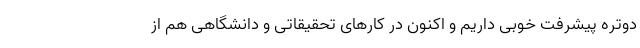
دوتره پیشرفت خوبی داریم و اکنون در کارهای تحقیقاتی و دانشگاهی هم از